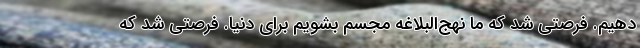
دهیم. فرصتی شد که ما نهج‌البلاغه مجسم بشویم برای دنیا. فرصتی شد که